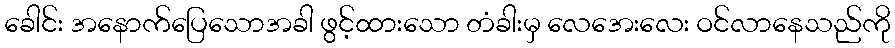
ခေါင်း အနောက်ပြေသောအခါ ဖွင့်ထားသော တံခါးမှ လေအေးလေး ဝင်လာနေသည်ကို